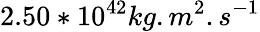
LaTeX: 2.50*10^{42}kg.m^{2}.s^{-1}